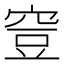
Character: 𥥷